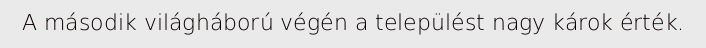
A második világháború végén a települést nagy károk érték.